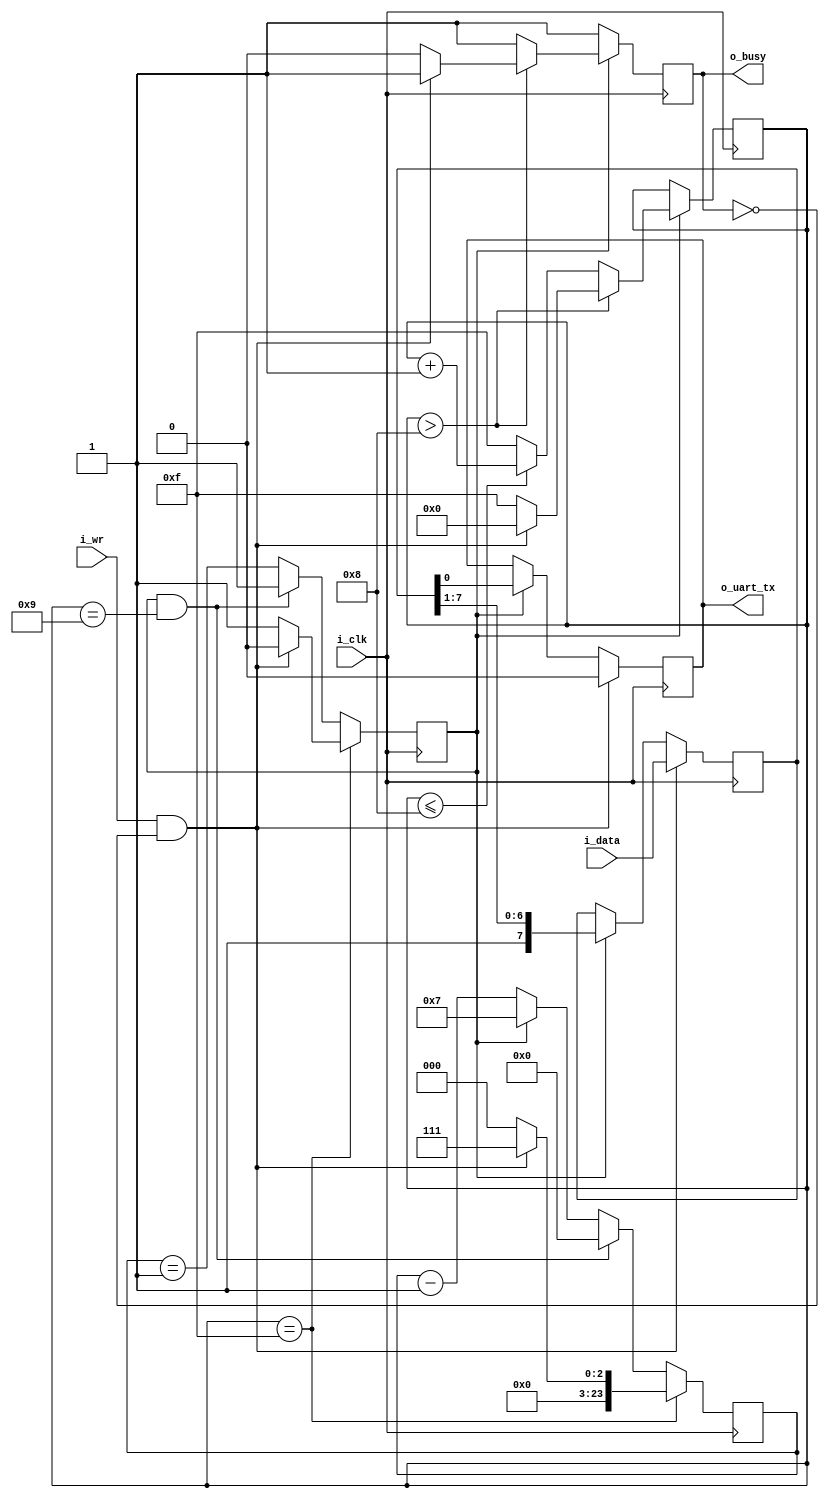
////////////////////////////////////////////////////////////////////////////////
//
//
// Project:	wbuart32, a full featured UART with simulator
//
// Purpose:	Transmit outputs over a single UART line.  This particular UART
//		implementation has been extremely simplified: it does not handle
//	generating break conditions, nor does it handle anything other than the
//	8N1 (8 data bits, no parity, 1 stop bit) UART sub-protocol.
//
//	To interface with this module, connect it to your system clock, and
//	pass it the byte of data you wish to transmit.  Strobe the i_wr line
//	high for one cycle, and your data will be off.  Wait until the 'o_busy'
//	line is low before strobing the i_wr line again--this implementation
//	has NO BUFFER, so strobing i_wr while the core is busy will just
//	get ignored.  The output will be placed on the o_txuart output line.
//
//	(I often set both data and strobe on the same clock, and then just leave
//	them set until the busy line is low.  Then I move on to the next piece
//	of data.)
//
// Creator:	Dan Gisselquist, Ph.D.
//		Gisselquist Technology, LLC
//
////////////////////////////////////////////////////////////////////////////////
//
// Copyright (C) 2015-2020, Gisselquist Technology, LLC
//
// This program is free software (firmware): you can redistribute it and/or
// modify it under the terms of the GNU General Public License as published
// by the Free Software Foundation, either version 3 of the License, or (at
// your option) any later version.
//
// This program is distributed in the hope that it will be useful, but WITHOUT
// ANY WARRANTY; without even the implied warranty of MERCHANTIBILITY or
// FITNESS FOR A PARTICULAR PURPOSE.  See the GNU General Public License
// for more details.
//
// You should have received a copy of the GNU General Public License along
// with this program.  (It's in the $(ROOT)/doc directory.  Run make with no
// target there if the PDF file isn't present.)  If not, see
// <http://www.gnu.org/licenses/> for a copy.
//
// License:	GPL, v3, as defined and found on www.gnu.org,
//		http://www.gnu.org/licenses/gpl.html
//
//
////////////////////////////////////////////////////////////////////////////////
//
//
`default_nettype	none
//
`define	TXUL_BIT_ZERO	4'h0
`define	TXUL_BIT_ONE	4'h1
`define	TXUL_BIT_TWO	4'h2
`define	TXUL_BIT_THREE	4'h3
`define	TXUL_BIT_FOUR	4'h4
`define	TXUL_BIT_FIVE	4'h5
`define	TXUL_BIT_SIX	4'h6
`define	TXUL_BIT_SEVEN	4'h7
`define	TXUL_STOP	4'h8
`define	TXUL_IDLE	4'hf
//
//
module txuartlite(i_clk, i_wr, i_data, o_uart_tx, o_busy);
	parameter	[4:0]	TIMING_BITS = 5'd24;
	localparam		TB = TIMING_BITS;
	parameter	[(TB-1):0]	CLOCKS_PER_BAUD = 8; // 24'd868;
	input	wire		i_clk;
	input	wire		i_wr;
	input	wire	[7:0]	i_data;
	// And the UART input line itself
	output	reg		o_uart_tx;
	// A line to tell others when we are ready to accept data.  If
	// (i_wr)&&(!o_busy) is ever true, then the core has accepted a byte
	// for transmission.
	output	wire		o_busy;

	reg	[(TB-1):0]	baud_counter;
	reg	[3:0]	state;
	reg	[7:0]	lcl_data;
	reg		r_busy, zero_baud_counter;

	// Big state machine controlling: r_busy, state
	// {{{
	//
	initial	r_busy = 1'b1;
	initial	state  = `TXUL_IDLE;
	always @(posedge i_clk)
	begin
		if (!zero_baud_counter)
			// r_busy needs to be set coming into here
			r_busy <= 1'b1;
		else if (state > `TXUL_STOP)	// STATE_IDLE
		begin
			state <= `TXUL_IDLE;
			r_busy <= 1'b0;
			if ((i_wr)&&(!r_busy))
			begin	// Immediately start us off with a start bit
				r_busy <= 1'b1;
				state <= `TXUL_BIT_ZERO;
			end
		end else begin
			// One clock tick in each of these states ...
			r_busy <= 1'b1;
			if (state <=`TXUL_STOP) // start bit, 8-d bits, stop-b
				state <= state + 1'b1;
			else
				state <= `TXUL_IDLE;
		end
	end
	// }}}

	// o_busy
	// {{{
	//
	// This is a wire, designed to be true is we are ever busy above.
	// originally, this was going to be true if we were ever not in the
	// idle state.  The logic has since become more complex, hence we have
	// a register dedicated to this and just copy out that registers value.
	assign	o_busy = (r_busy);
	// }}}


	// lcl_data
	// {{{
	//
	// This is our working copy of the i_data register which we use
	// when transmitting.  It is only of interest during transmit, and is
	// allowed to be whatever at any other time.  Hence, if r_busy isn't
	// true, we can always set it.  On the one clock where r_busy isn't
	// true and i_wr is, we set it and r_busy is true thereafter.
	// Then, on any zero_baud_counter (i.e. change between baud intervals)
	// we simple logically shift the register right to grab the next bit.
	initial	lcl_data = 8'hff;
	always @(posedge i_clk)
		if ((i_wr)&&(!r_busy))
			lcl_data <= i_data;
		else if (zero_baud_counter)
			lcl_data <= { 1'b1, lcl_data[7:1] };
	// }}}

	// o_uart_tx
	// {{{
	//
	// This is the final result/output desired of this core.  It's all
	// centered about o_uart_tx.  This is what finally needs to follow
	// the UART protocol.
	//
	initial	o_uart_tx = 1'b1;
	always @(posedge i_clk)
		if ((i_wr)&&(!r_busy))
			o_uart_tx <= 1'b0;	// Set the start bit on writes
		else if (zero_baud_counter)	// Set the data bit.
			o_uart_tx <= lcl_data[0];
	// }}}

	// Baud counter
	// {{{
	// All of the above logic is driven by the baud counter.  Bits must last
	// CLOCKS_PER_BAUD in length, and this baud counter is what we use to
	// make certain of that.
	//
	// The basic logic is this: at the beginning of a bit interval, start
	// the baud counter and set it to count CLOCKS_PER_BAUD.  When it gets
	// to zero, restart it.
	//
	// However, comparing a 28'bit number to zero can be rather complex--
	// especially if we wish to do anything else on that same clock.  For
	// that reason, we create "zero_baud_counter".  zero_baud_counter is
	// nothing more than a flag that is true anytime baud_counter is zero.
	// It's true when the logic (above) needs to step to the next bit.
	// Simple enough?
	//
	// I wish we could stop there, but there are some other (ugly)
	// conditions to deal with that offer exceptions to this basic logic.
	//
	// 1. When the user has commanded a BREAK across the line, we need to
	// wait several baud intervals following the break before we start
	// transmitting, to give any receiver a chance to recognize that we are
	// out of the break condition, and to know that the next bit will be
	// a stop bit.
	//
	// 2. A reset is similar to a break condition--on both we wait several
	// baud intervals before allowing a start bit.
	//
	// 3. In the idle state, we stop our counter--so that upon a request
	// to transmit when idle we can start transmitting immediately, rather
	// than waiting for the end of the next (fictitious and arbitrary) baud
	// interval.
	//
	// When (i_wr)&&(!r_busy)&&(state == `TXUL_IDLE) then we're not only in
	// the idle state, but we also just accepted a command to start writing
	// the next word.  At this point, the baud counter needs to be reset
	// to the number of CLOCKS_PER_BAUD, and zero_baud_counter set to zero.
	//
	// The logic is a bit twisted here, in that it will only check for the
	// above condition when zero_baud_counter is false--so as to make
	// certain the STOP bit is complete.
	initial	zero_baud_counter = 1'b1;
	initial	baud_counter = 0;
	always @(posedge i_clk)
	begin
		zero_baud_counter <= (baud_counter == 1);
		if (state == `TXUL_IDLE)
		begin
			baud_counter <= 0;
			zero_baud_counter <= 1'b1;
			if ((i_wr)&&(!r_busy))
			begin
				baud_counter <= CLOCKS_PER_BAUD - 1'b1;
				zero_baud_counter <= 1'b0;
			end
		end else if ((zero_baud_counter)&&(state == 4'h9))
		begin
			baud_counter <= 0;
			zero_baud_counter <= 1'b1;
		end else if (!zero_baud_counter)
			baud_counter <= baud_counter - 1'b1;
		else
			baud_counter <= CLOCKS_PER_BAUD - 1'b1;
	end
	// }}}
//
//
// FORMAL METHODS
//
//
//
`ifdef	FORMAL

`ifdef	TXUARTLITE
`define	ASSUME	assume
`else
`define	ASSUME	assert
`endif

	// Setup
	// {{{
	reg	f_past_valid, f_last_clk;

	initial	f_past_valid = 1'b0;
	always @(posedge i_clk)
		f_past_valid <= 1'b1;

	initial	`ASSUME(!i_wr);
	always @(posedge i_clk)
		if ((f_past_valid)&&($past(i_wr))&&($past(o_busy)))
		begin
			`ASSUME(i_wr   == $past(i_wr));
			`ASSUME(i_data == $past(i_data));
		end
	// }}}

	// Check the baud counter
	// {{{
	always @(posedge i_clk)
		assert(zero_baud_counter == (baud_counter == 0));

	always @(posedge i_clk)
		if ((f_past_valid)&&($past(baud_counter != 0))&&($past(state != `TXUL_IDLE)))
			assert(baud_counter == $past(baud_counter - 1'b1));

	always @(posedge i_clk)
		if ((f_past_valid)&&(!$past(zero_baud_counter))&&($past(state != `TXUL_IDLE)))
			assert($stable(o_uart_tx));

	reg	[(TB-1):0]	f_baud_count;
	initial	f_baud_count = 1'b0;
	always @(posedge i_clk)
		if (zero_baud_counter)
			f_baud_count <= 0;
		else
			f_baud_count <= f_baud_count + 1'b1;

	always @(posedge i_clk)
		assert(f_baud_count < CLOCKS_PER_BAUD);

	always @(posedge i_clk)
		if (baud_counter != 0)
			assert(o_busy);
	// }}}

	reg	[9:0]	f_txbits;
	// {{{
	initial	f_txbits = 0;
	always @(posedge i_clk)
		if (zero_baud_counter)
			f_txbits <= { o_uart_tx, f_txbits[9:1] };

	always @(posedge i_clk)
	if ((f_past_valid)&&(!$past(zero_baud_counter))
			&&(!$past(state==`TXUL_IDLE)))
		assert(state == $past(state));

	reg	[3:0]	f_bitcount;
	initial	f_bitcount = 0;
	always @(posedge i_clk)
		if ((!f_past_valid)||(!$past(f_past_valid)))
			f_bitcount <= 0;
		else if ((state == `TXUL_IDLE)&&(zero_baud_counter))
			f_bitcount <= 0;
		else if (zero_baud_counter)
			f_bitcount <= f_bitcount + 1'b1;

	always @(posedge i_clk)
		assert(f_bitcount <= 4'ha);

	reg	[7:0]	f_request_tx_data;
	always @(posedge i_clk)
		if ((i_wr)&&(!o_busy))
			f_request_tx_data <= i_data;

	wire	[3:0]	subcount;
	assign	subcount = 10-f_bitcount;
	always @(posedge i_clk)
		if (f_bitcount > 0)
			assert(!f_txbits[subcount]);

	always @(posedge i_clk)
		if (f_bitcount == 4'ha)
		begin
			assert(f_txbits[8:1] == f_request_tx_data);
			assert( f_txbits[9]);
		end

	always @(posedge i_clk)
		assert((state <= `TXUL_STOP + 1'b1)||(state == `TXUL_IDLE));

	always @(posedge i_clk)
	if ((f_past_valid)&&($past(f_past_valid))&&($past(o_busy)))
		cover(!o_busy);
	// }}}

`endif	// FORMAL
`ifdef	VERIFIC_SVA
	reg	[7:0]	fsv_data;

	//
	// Grab a copy of the data any time we are sent a new byte to transmit
	// We'll use this in a moment to compare the item transmitted against
	// what is supposed to be transmitted
	//
	always @(posedge i_clk)
		if ((i_wr)&&(!o_busy))
			fsv_data <= i_data;

	//
	// One baud interval
	// {{{
	//
	// 1. The UART output is constant at DAT
	// 2. The internal state remains constant at ST
	// 3. CKS = the number of clocks per bit.
	//
	// Everything stays constant during the CKS clocks with the exception
	// of (zero_baud_counter), which is *only* raised on the last clock
	// interval
	sequence	BAUD_INTERVAL(CKS, DAT, SR, ST);
		((o_uart_tx == DAT)&&(state == ST)
			&&(lcl_data == SR)
			&&(!zero_baud_counter))[*(CKS-1)]
		##1 (o_uart_tx == DAT)&&(state == ST)
			&&(lcl_data == SR)
			&&(zero_baud_counter);
	endsequence
	// }}}

	//
	// One byte transmitted
	// {{{
	//
	// DATA = the byte that is sent
	// CKS  = the number of clocks per bit
	//
	sequence	SEND(CKS, DATA);
		BAUD_INTERVAL(CKS, 1'b0, DATA, 4'h0)
		##1 BAUD_INTERVAL(CKS, DATA[0], {{(1){1'b1}},DATA[7:1]}, 4'h1)
		##1 BAUD_INTERVAL(CKS, DATA[1], {{(2){1'b1}},DATA[7:2]}, 4'h2)
		##1 BAUD_INTERVAL(CKS, DATA[2], {{(3){1'b1}},DATA[7:3]}, 4'h3)
		##1 BAUD_INTERVAL(CKS, DATA[3], {{(4){1'b1}},DATA[7:4]}, 4'h4)
		##1 BAUD_INTERVAL(CKS, DATA[4], {{(5){1'b1}},DATA[7:5]}, 4'h5)
		##1 BAUD_INTERVAL(CKS, DATA[5], {{(6){1'b1}},DATA[7:6]}, 4'h6)
		##1 BAUD_INTERVAL(CKS, DATA[6], {{(7){1'b1}},DATA[7:7]}, 4'h7)
		##1 BAUD_INTERVAL(CKS, DATA[7], 8'hff, 4'h8)
		##1 BAUD_INTERVAL(CKS, 1'b1, 8'hff, 4'h9);
	endsequence
	// }}}

	//
	// Transmit one byte
	// {{{
	// Once the byte is transmitted, make certain we return to
	// idle
	//
	assert property (
		@(posedge i_clk)
		(i_wr)&&(!o_busy)
		|=> ((o_busy) throughout SEND(CLOCKS_PER_BAUD,fsv_data))
		##1 (!o_busy)&&(o_uart_tx)&&(zero_baud_counter));
	// }}}

	// {{{
	assume property (
		@(posedge i_clk)
		(i_wr)&&(o_busy) |=>
			(i_wr)&&(o_busy)&&($stable(i_data)));

	//
	// Make certain that o_busy is true any time zero_baud_counter is
	// non-zero
	//
	always @(*)
		assert((o_busy)||(zero_baud_counter) );

	// If and only if zero_baud_counter is true, baud_counter must be zero
	// Insist on that relationship here.
	always @(*)
		assert(zero_baud_counter == (baud_counter == 0));

	// To make certain baud_counter stays below CLOCKS_PER_BAUD
	always @(*)
		assert(baud_counter < CLOCKS_PER_BAUD);

	//
	// Insist that we are only ever in a valid state
	always @(*)
		assert((state <= `TXUL_STOP+1'b1)||(state == `TXUL_IDLE));
	// }}}

`endif // Verific SVA
endmodule